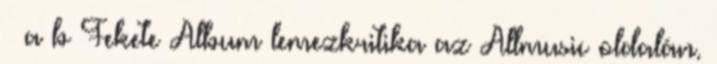
↑ a b Fekete Album lemezkritika az Allmusic oldalán.